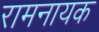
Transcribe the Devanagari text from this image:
रामनायक